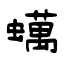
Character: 蠇